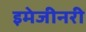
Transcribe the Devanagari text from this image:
इमेजीनरी